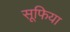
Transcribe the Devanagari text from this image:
सूफिया